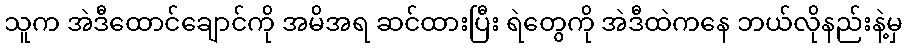
သူက အဲဒီထောင်ချောင်ကို အမိအရ ဆင်ထားပြီး ရဲတွေကို အဲဒီထဲကနေ ဘယ်လိုနည်းနဲ့မှ